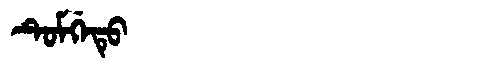
Manchu: ᡨᡠᠮᡤᡝᡨᡠ
Romanization: TUMGETU